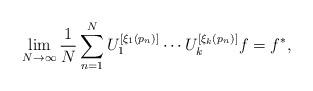
LaTeX: \begin{align*}\lim_{N \rightarrow \infty} \frac{1}{N} \sum_{n=1}^N U_1^{[\xi_1(p_n)]} \cdots U_k^{[\xi_k(p_n)]} f = f^*,\end{align*}